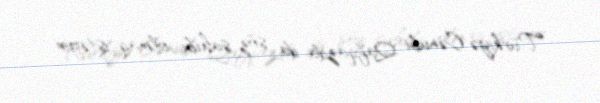
Türkiyə Cənubi Qafqazda da söz sahibi olmaq istəyir.